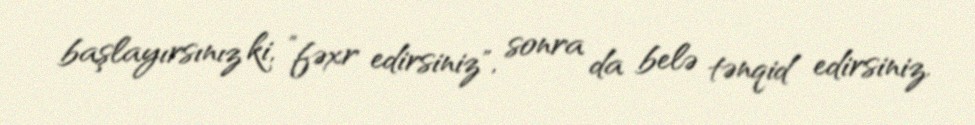
başlayırsınız ki, ”fəxr edirsiniz", sonra da belə tənqid edirsiniz.